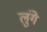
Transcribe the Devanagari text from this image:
लुंगे